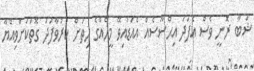
ޝަބާ ރޮނީ ވެސް އެފަދަ އިޙްސާސެއް އެއަޑުއިވޭ މީހެއްގެ ހިތަށް ކުރުވާފަދަ ގޮތަކަށްވިއްޔާ